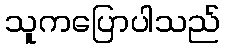
သူကပြောပါသည်